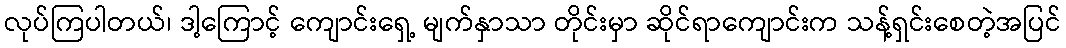
လုပ်ကြပါတယ်၊ ဒါ့ကြောင့် ကျောင်းရှေ့ မျက်နှာသာ တိုင်းမှာ ဆိုင်ရာကျောင်းက သန့်ရှင်းစေတဲ့အပြင်